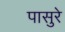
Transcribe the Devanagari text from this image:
पासुरे